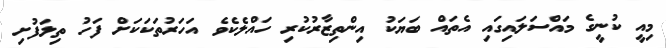
މިއީ ކުނީގެ މައްސަލައިގައި އެތައް ބަޔަކު އިންތިޒާރުކުރި ހައްލެކެވެ އަހަރުތަކަކަށް ފަހު ތިލަފުށި